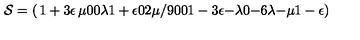
{ \cal S } = \left( \begin{matrix} { 1 + 3 \epsilon } & { \mu } & { 0 } & { 0 } \\ { \lambda } & { 1 + \epsilon } & { 0 } & { 2 \mu / 9 } \\ { 0 } & { 0 } & { 1 - 3 \epsilon } & { - \lambda } \\ { 0 } & { - 6 \lambda } & { - \mu } & { 1 - \epsilon } \\ \end{matrix} \right)